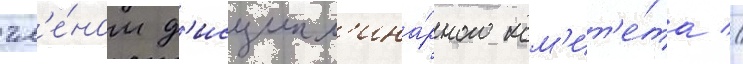
чл'е́ном д'исципл'ина́рного ком'ит'е́та //